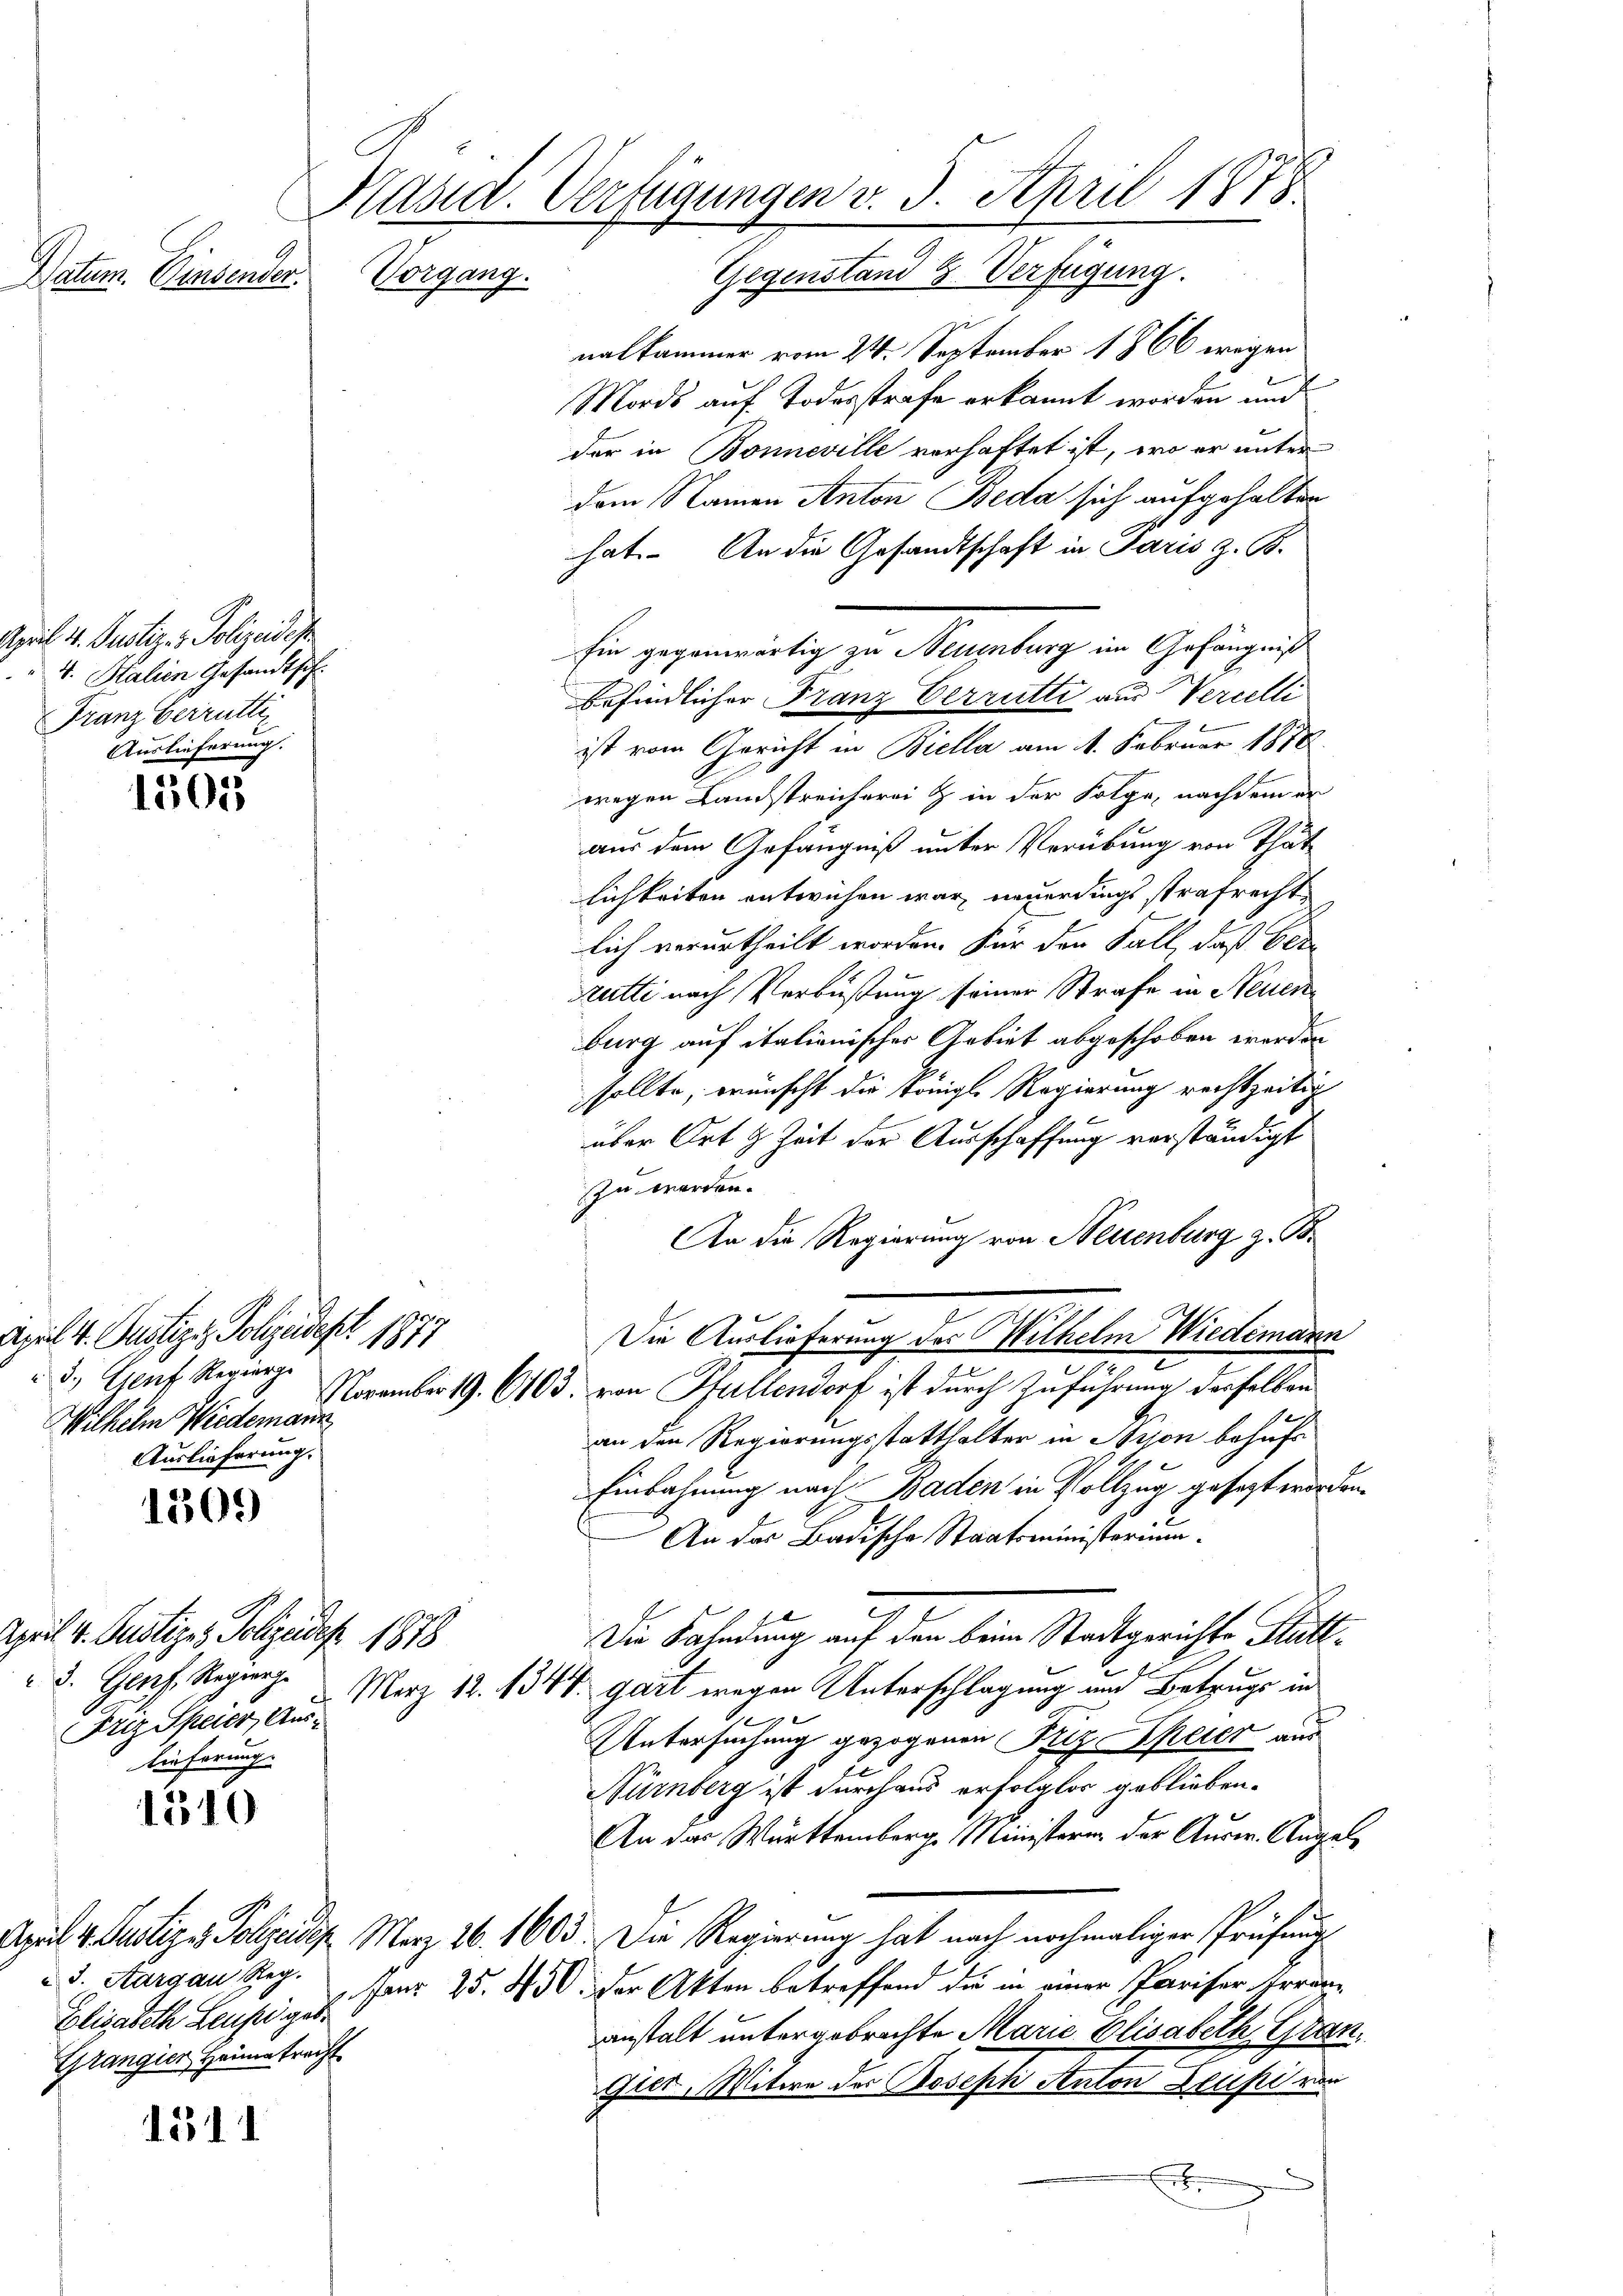
Vorgang.
Datum. Einsender

1505

1309

1310

1311

April 4. Justiz & Polizeides
 4. Stalien Gesandt sich
Franz verrütte
Auslieferung.

April 4. Justiz. Polizeidept 1877
3.) Genf Regierge
Wilhelm Wiedermann
Auslieferung.

April 4. Justize. Polizeides 1878
Friz Speier, Aus¬
Lieferung.

Käsia. Verfügungen v. 3. April 1878

Gegenstand 3. Verfügung.
nalkammer vom 24. September 1866 wegen
Mords auf Todesstrafe erkannt worden und
der in Bonneville verhaftet ist, wo er unter
dem Namen Anton Beda sich aufgehalten
hat. An die Gesandtschaft in Paris z. B.
hin gegenwärtig zu Mumberg in Gefängnis
Erfindlicher Franz Verrutti aus Vernelli
ist vom Gericht in Biella am 1. Februar 1878.
wegen Landstreicherei & in der Folge, nachdem er
aus dem Gefängniß unter Verübung von Thät
lichkeiten entwichen war, neuerdings strafrecht
lich verurtheilt worden. Für den Fall, daß bet
Rutti nach Verbüßung seiner Strafe in Neuen
burg auf italienisches Gebiet abgeschoben werden
sollte, wünscht die Königl. Regierung rechtzeitig
über Ort & Zeit der Ausschaffung verständigt
zu werden.
An die Regierung von Neuenburg z. B.
Die Auslieferung des Wilhelm Wiedemann
November 19. 6103. von Hallendorf ist durch Zuführung derselben
e
an den Regierungsstatthalter in Nison behufs
Einbahnung nach Baden in Vollzug gesezt worden.
An des Badische Staatsministerium.
Die Fahndung auf den beim Stadtgerichte Statt¬
3. Genf, Regierte Merz 18. 1344. gart wegen Unterschlagung und Betrugs in
Untersuchung gezogenen Pfiz-Speier aus
Nürnberg ist durchaus erfolglos geblieben.
An das Württemberg. Ministeren der Ausw. Angel
April 4. Justiz & Polizeides Merz 26. 1603. Die Regierung hat nach nochmaliger Prüfung
Paur 25. 43. Der Akten betreffend die in einer Pariser Irrän-
anstalt untergebrachte Marie Elisabeth Gran
Gier, Witwe der Joseph Anton Leusi von
e

ud. Aargau Reg.
Elisabeth Leussi gebe
Grangien Heimatrecht